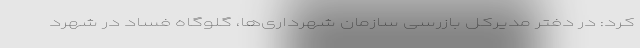
کرد: در دفتر مدیرکل بازرسی سازمان شهرداری‌ها، گلوگاه فساد در شهرد